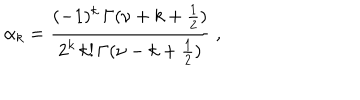
\alpha _ { k } = \frac { ( - 1 ) ^ { k } \, \Gamma ( \nu + k + \frac { 1 } { 2 } ) } { 2 ^ { k } \, k ! \, \Gamma ( \nu - k + \frac { 1 } { 2 } ) } \; ,